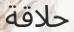
حلاقة